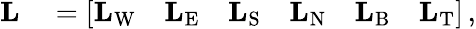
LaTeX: \begin{array}{rl}{\mathbf L}&{{}=\left[\begin{array}{llllll}{\mathbf L_{\mathrm{W}}}&{\mathbf L_{\mathrm{E}}}&{\mathbf L_{\mathrm{S}}}&{\mathbf L_{\mathrm{N}}}&{\mathbf L_{\mathrm{B}}}&{\mathbf L_{\mathrm{T}}}\end{array}\right]\, ,}\end{array}